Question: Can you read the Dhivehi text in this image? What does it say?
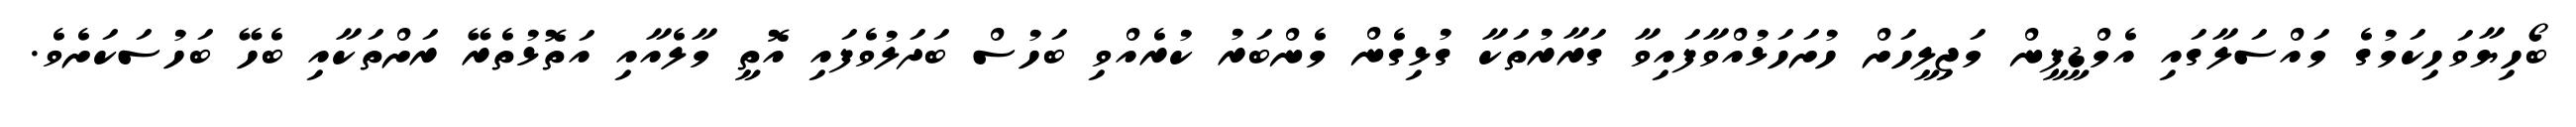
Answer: ބޯހިޔާވަހިކަމުގެ މައްސަލާގައި އެމްޑީޕީން މަޖިލީހަށް ހުށަހަޅުއްވާފައިވާ ގަރާރުތަކާ ގުޅިގެން މެންބަރު ކުރެއްވި ބަހުސް ބަދަލުވެފައި އޮތީ މާލެއާއި އަތޮޅުތެރޭ ރަށްތަކާއި ބެހޭ ބަހުސަކަށެވެ.